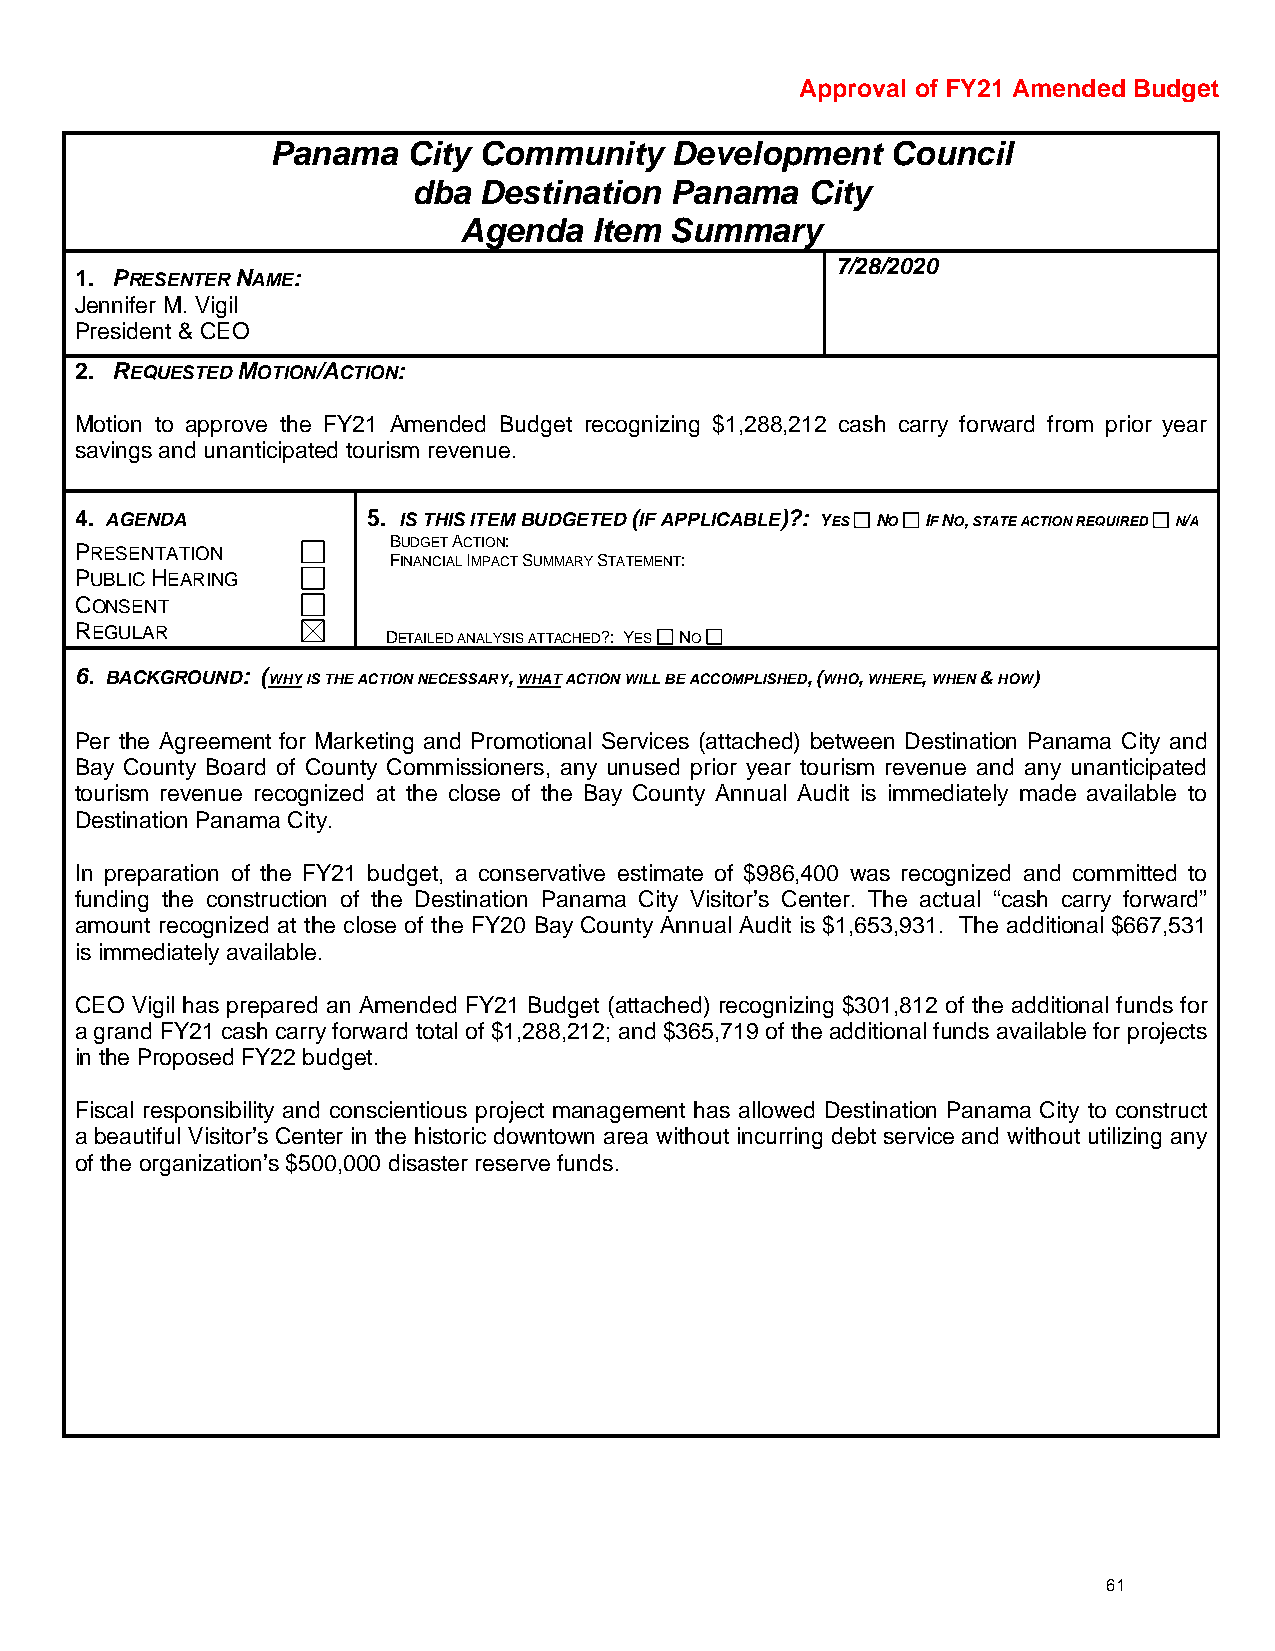
Approval of FY21 Amended Budget
 Panama   City Community   Development    Council
 dba  Destination Panama   City
 Agenda   Item Summary
 7/28/2020
 1. PRESENTER NAME:
 Jennifer M. Vigil
 President & CEO
 2. REQUESTED MOTION/ACTION:
 Motion to approve the FY21 Amended Budget recognizing $1,288,212 cash carry forward from prior year
 savings and unanticipated tourism revenue.
 4. AGENDA          5. IS THIS ITEM BUDGETED (IF APPLICABLE)?: YES NO IF NO, STATE ACTION REQUIRED N/A
 BUDGET ACTION:
 PRESENTATION
 FINANCIAL IMPACT SUMMARY STATEMENT:
 PUBLIC HEARING
 CONSENT
 REGULAR
 DETAILED ANALYSIS ATTACHED?: YES NO
 6. BACKGROUND: (WHY IS THE ACTION NECESSARY, WHAT ACTION WILL BE ACCOMPLISHED, (WHO, WHERE, WHEN & HOW)
 Per the Agreement for Marketing and Promotional Services (attached) between Destination Panama City and
 Bay County Board of County Commissioners, any unused prior year tourism revenue and any unanticipated
 tourism revenue recognized at the close of the Bay County Annual Audit is immediately made available to
 Destination Panama City.
 In preparation of the FY21 budget, a conservative estimate of $986,400 was recognized and committed to
 funding the construction of the Destination Panama City Visitor’s Center. The actual “cash carry forward”
 amount recognized at the close of the FY20 Bay County Annual Audit is $1,653,931. The additional $667,531
 is immediately available.
 CEO Vigil has prepared an Amended FY21 Budget (attached) recognizing $301,812 of the additional funds for
 a grand FY21 cash carry forward total of $1,288,212; and $365,719 of the additional funds available for projects
 in the Proposed FY22 budget.
 Fiscal responsibility and conscientious project management has allowed Destination Panama City to construct
 a beautiful Visitor’s Center in the historic downtown area without incurring debt service and without utilizing any
 of the organization’s $500,000 disaster reserve funds.
 61